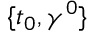
\{ t _ { 0 } , { \gamma } ^ { 0 } \}